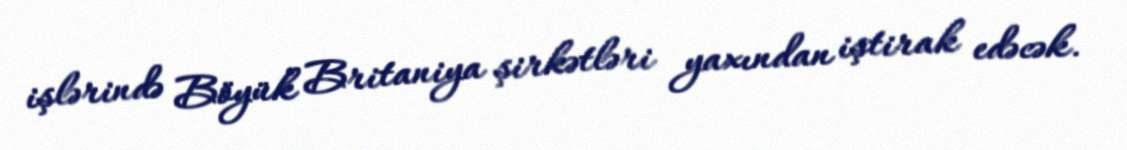
işlərində Böyük Britaniya şirkətləri yaxından iştirak edəcək.